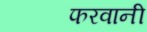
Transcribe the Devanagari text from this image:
फरवानी